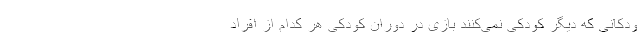
ودکانی که دیگر کودکی نمی‌کنند بازی در دوران کودکی هر کدام از افراد